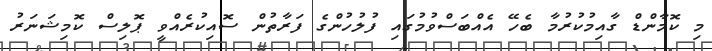
މި ކޮމާންޑް ގާއިމުކުރުމާ ބެހޭ އެއްބަސްވުމުގައި ފުލުހުންގެ ފަރާތުން ސޮއިކުރެއްވީ ޕޮލިސް ކޮމިޝަނަރު